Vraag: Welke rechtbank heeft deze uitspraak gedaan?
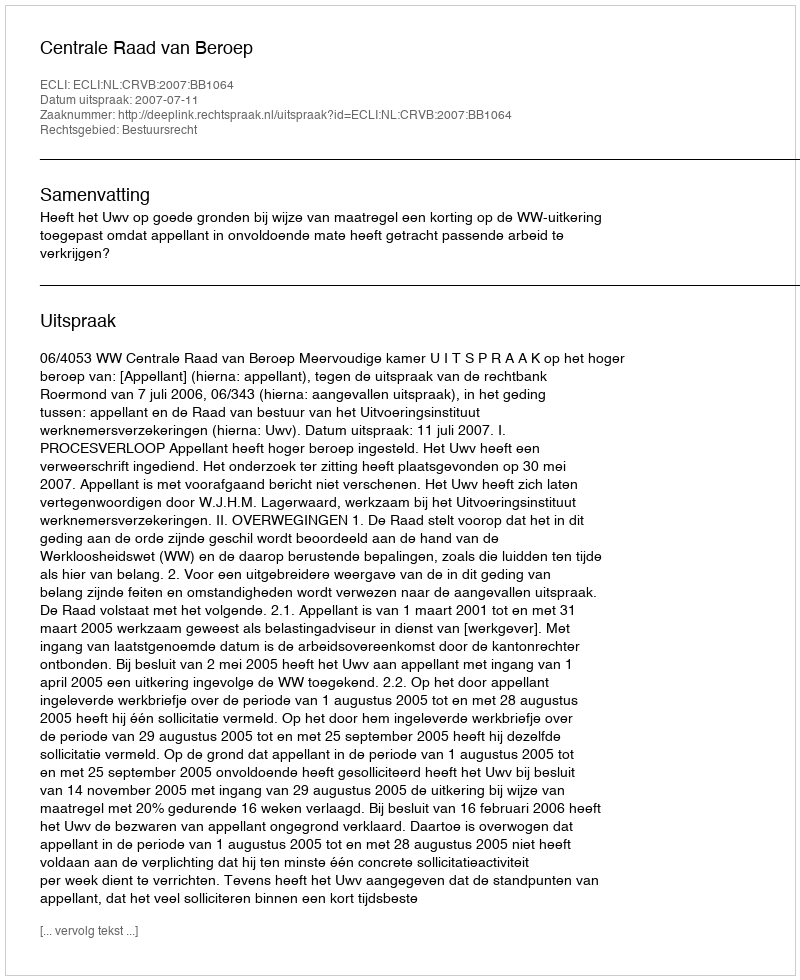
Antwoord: Centrale Raad van Beroep